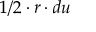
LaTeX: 1 / 2 \cdot r \cdot d u